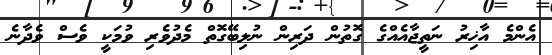
އެންމެ އާޚިރު ނަތީޖާއެއްގެ ގޮތުން ދަރިން ނުލިބޭގޮތް މެދުވެރި ވުމަކީ ވެސް ވެދާނެ